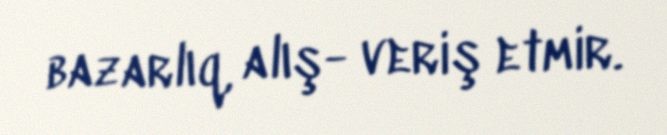
bazarlıq, alış- veriş etmir.